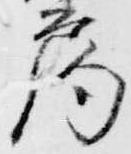
局